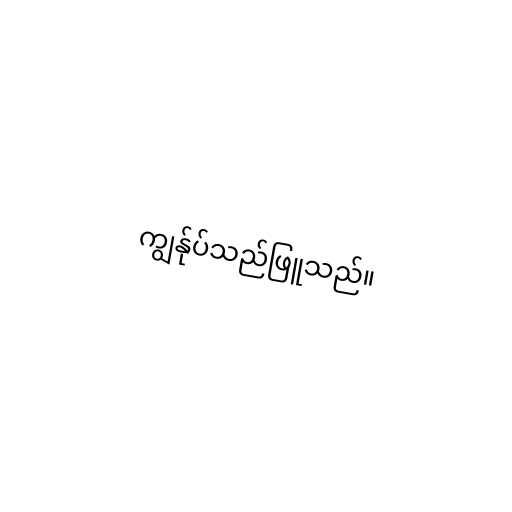
ကျွန်ုပ်သည်ဖြူသည်။